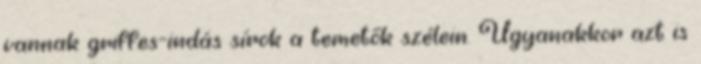
vannak griffes-indás sírok a temetők szélein. Ugyanakkor azt is